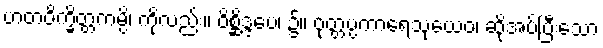
ဟတဝိက္ခိတ္တကမ္ပိ၊ ကိုလည်း။ ဝိစ္ဆိဒ္ဒပေ၊ ၌။ ဝုတ္တပ္ပကာရေသုယေဝ၊ ဆိုအပ်ပြီးသော